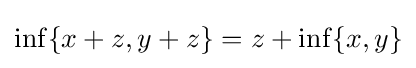
\inf\{x+z,y+z\}=z+\inf\{x,y\}